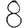
Digit: 8